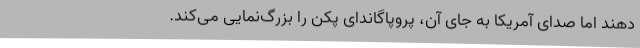
دهند اما صدای آمریکا به جای آن، پروپاگاندای پکن را بزرگ‌نمایی می‌کند.